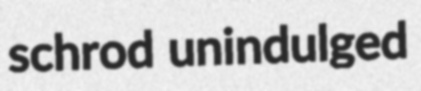
schrod unindulged